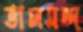
ভালমন্দ